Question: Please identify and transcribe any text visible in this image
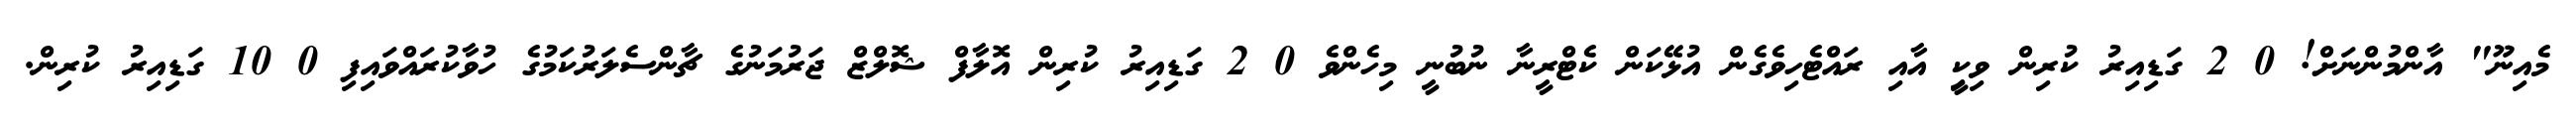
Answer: މެއިނޫ" އާންމުންނަށް! 0 2 ގަޑިއިރު ކުރިން ވިކީި އާއި ރައްޓެހިވެގެން އުޅޭކަން ކެޓްރީނާ ނުބުނީ މިހެންވެ 0 2 ގަޑިއިރު ކުރިން އޮލާފް ޝޮލްޒް ޖަރުމަނުގެ ޗާންސެލަރުކަމުގެ ހުވާކުރައްވައިފި 0 10 ގަޑިއިރު ކުރިން.